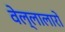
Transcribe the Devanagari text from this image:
वेल्लालारों